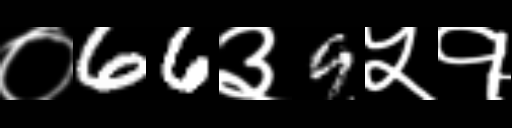
Text: ०66३9५१